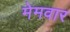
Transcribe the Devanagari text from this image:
मेमवार